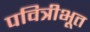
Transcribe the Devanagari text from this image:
पवित्रीभूत